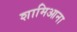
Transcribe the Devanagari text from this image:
शामिआना